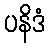
ပနိဒံ